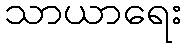
သာယာရေး